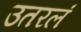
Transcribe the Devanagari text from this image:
उतरलं